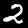
Label: 2